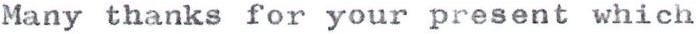
Many thanks for your present which